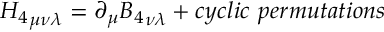
{ H _ { 4 } } _ { \mu \nu \lambda } = \partial _ { \mu } { B _ { 4 } } _ { \nu \lambda } + c y c l i c ~ p e r m u t a t i o n s